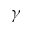
\gamma